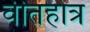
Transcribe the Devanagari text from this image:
वीतहोत्र